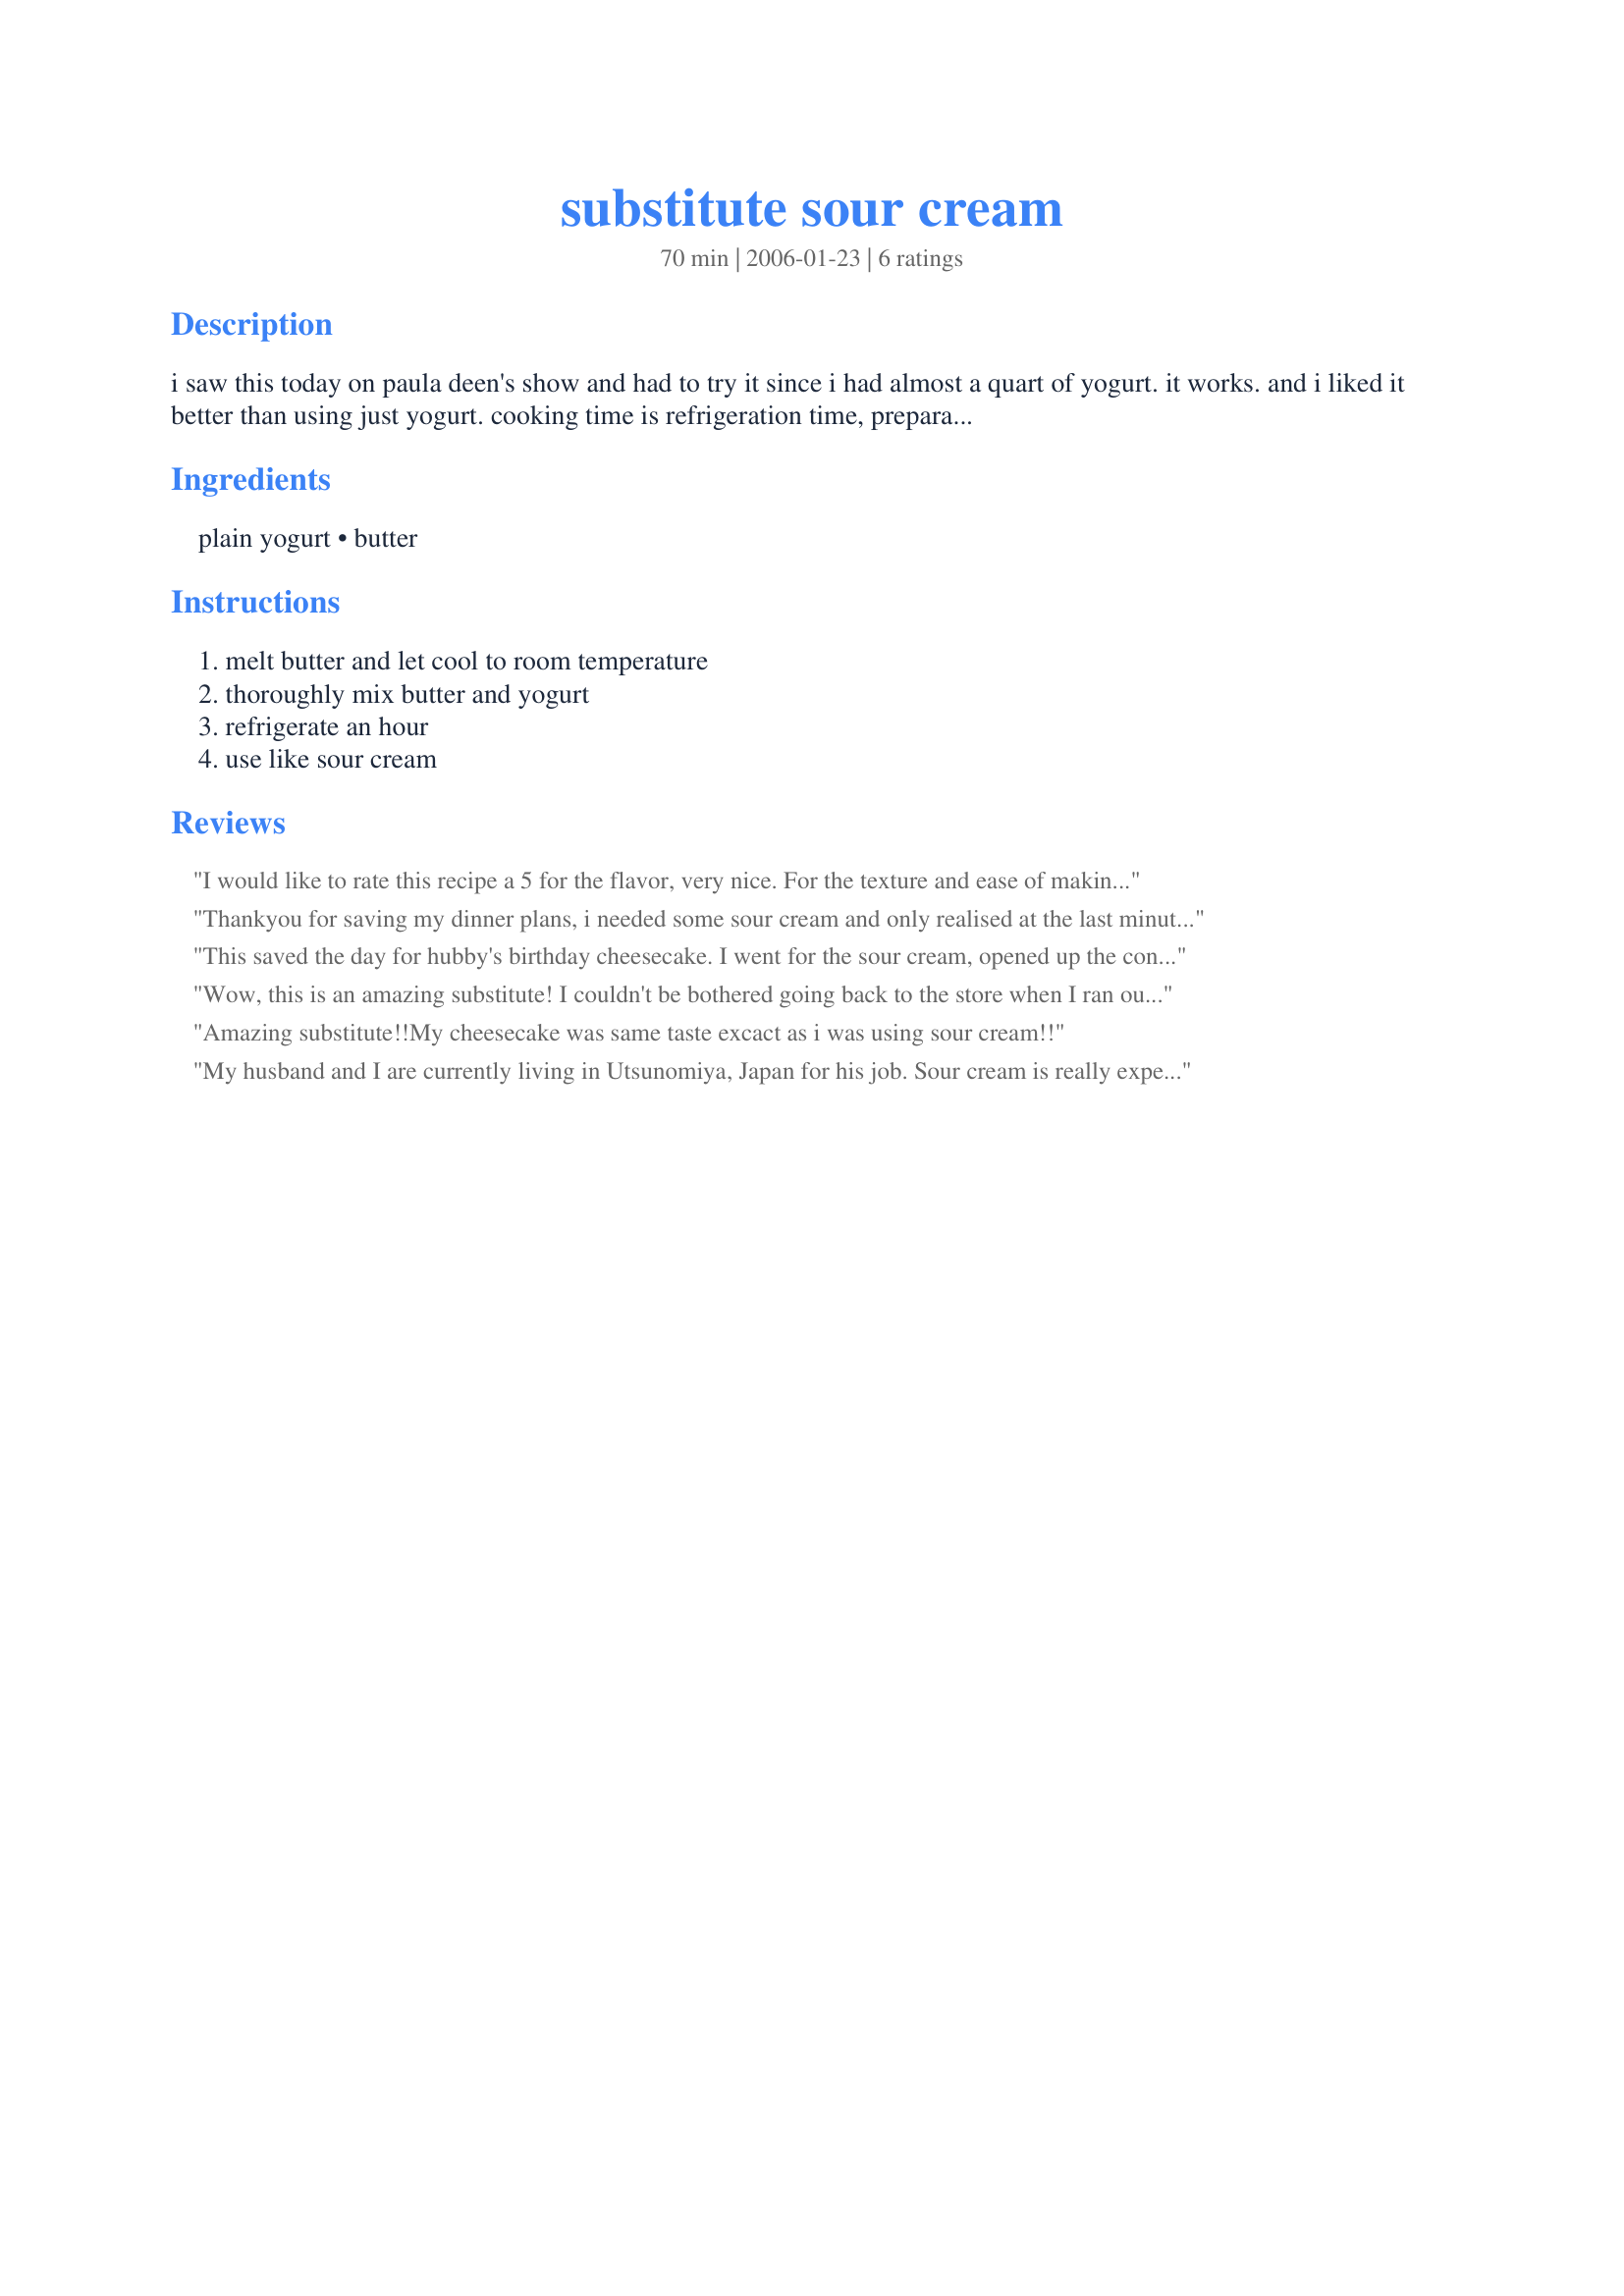
substitute sour cream
Preparation time: 70 minutes

i saw this today on paula deen's show and had to try it since i had almost a quart of yogurt. it works. and i liked it better than using just yogurt. cooking time is refrigeration time, preparation is time for butter to cool.

Ingredients:
plain yogurt, butter

Steps:
melt butter and let cool to room temperature, thoroughly mix butter and yogurt, refrigerate an hour, use like sour cream

Reviews:
I would like to rate this recipe a 5 for the flavor, very nice. For the texture and ease of making this recipe I would have to say a 3 so I will go in the middle and give a 4 star rating. 

This substitute sour cream does have a milder but good sour cream flavor. The tang is there and someone who didnt know this wasnt real sour cream I dont think could tell a differnce.

I melted the butter in the microwave and let cool to room temperature but my yogurt was right out of the refrigerator. When I mixed the two together the butter starting forming hard beads of butter. Let this mixture refrigerate for an hour and had to strain the sour cream before using and still did get some butter beads. I think having the butter and yogurt at room temperature before mixing would be best. Also, I do not think margarine could be substituted for the butter in this recipe. After adding the butter the yogurt thickened slightly and rose in the bowl.

I would definitely use this substitute in recipes where the texture of the sour cream wasnt needed and just the flavor. Thank you countrywife for posting this recipe!
Thankyou for saving my dinner plans, i needed some sour cream and only realised at the last minute that I'd run out, this saved me from having to change my planned dinner at the last minute, thanks for posting!
This saved the day for hubby's birthday cheesecake. I went for the sour cream, opened up the container, and only found about 1 Tbsp. The recipe called for 1 cup. Not only did this work well, but it made just the right amount too! Way to go.

It did look a little different than regular sour cream, but that may have been because my "room temperature" was pretty cold, and the butter had virtually set up when I mixed it with the yogurt. It did blend in, but there was just something odd about the appearance.
Wow, this is an amazing substitute! I couldn't be bothered going back to the store when I ran out of sour cream, so I decided to try this. I let both the butter and yogurt get to room temperature before mixing together, and they mixed together really well. I was amazed at how well it turned out. It tastes exactly like sour cream to me, and I couldn't notice any difference in texture. I will definitely use this in the future when I need to use up some plain yogurt or when I run out of sour cream. Thanks so much for the great recipe!
Amazing substitute!!My cheesecake was same taste excact as i was using sour cream!!
My husband and I are currently living in Utsunomiya, Japan for his job. Sour cream is really expensive here and it much thicker than in the USA. I found this recipe to be a major problem solver for us! Thank YOU!!!
